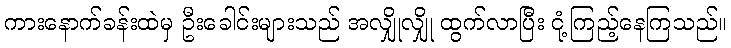
ကားနောက်ခန်းထဲမှ ဦးခေါင်းများသည် အလျှိုလျှို ထွက်လာပြီး ငုံ့ကြည့်နေကြသည်။